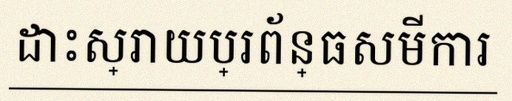
ដោះស្រាយប្រព័ន្ធសមីការ